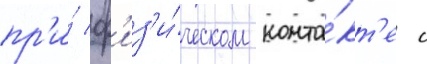
пр'и́ ф'из'и́ческом конта́кт'е с